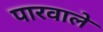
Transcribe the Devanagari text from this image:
पारवाले